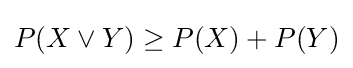
P(X\lor Y)\geq P(X)+P(Y)